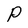
Character: P